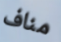
مناف